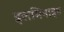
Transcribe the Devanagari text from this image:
इलमिनाइट